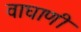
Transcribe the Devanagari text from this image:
वाघाणी